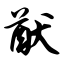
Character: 猷